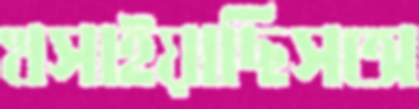
খসাইয়াছিসঅ